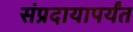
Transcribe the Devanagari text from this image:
संप्रदायापर्यंत